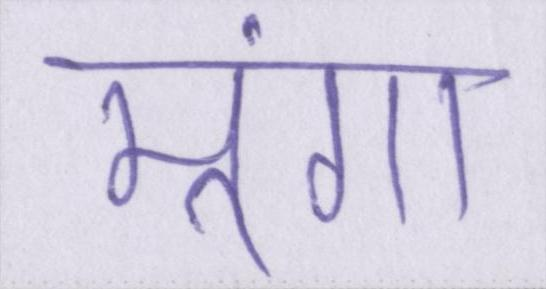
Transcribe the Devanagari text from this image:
मूंगा